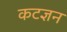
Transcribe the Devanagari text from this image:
कटज्ञन